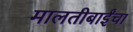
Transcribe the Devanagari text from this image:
मालतीबाईंचा